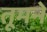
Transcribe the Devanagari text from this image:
तूमने